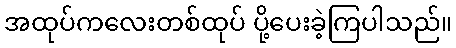
အထုပ်ကလေးတစ်ထုပ် ပို့ပေးခဲ့ကြပါသည်။